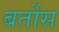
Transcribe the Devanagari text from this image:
बर्तोस